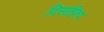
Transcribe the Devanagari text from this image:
दिसाहित्य